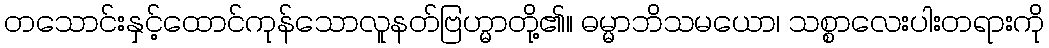
တသောင်းနှင့်ထောင်ကုန်သောလူနတ်ဗြဟ္မာတို့၏။ ဓမ္မာဘိသမယော၊ သစ္စာလေးပါးတရားကို